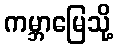
ကမ္ဘာမြေသို့